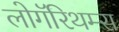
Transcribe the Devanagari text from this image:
लोगॅरिथम्स